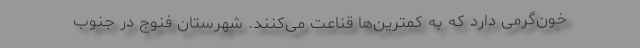
خون‌گرمی دارد که به کمترین‌ها قناعت می‌کنند. شهرستان فنوج در جنوب